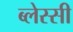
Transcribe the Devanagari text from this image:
ब्लेस्सी